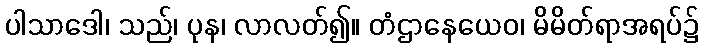
ပါသာဒေါ၊ သည်၊ ပုန၊ လာလတ်၍။ တံဌာနေယေဝ၊ မိမိတ်ရာအရပ်၌